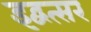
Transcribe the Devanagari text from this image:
इद्वत्सर